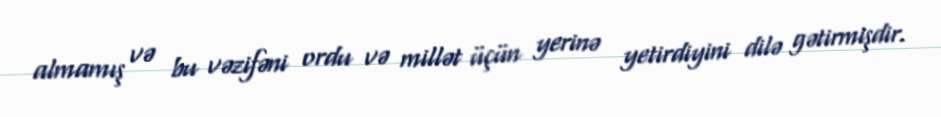
almamış və bu vəzifəni ordu və millət üçün yerinə yetirdiyini dilə gətirmişdir.